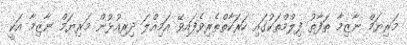
މަރިޔަމް ނާޒިމާ ތަފާތު ފިލްމްތަކުގައި ހަރަކާތްތެރިވެފައިވޭ އަމިއްލަ ދިރިއުޅުން މަރިޔަމް ނާޒިމާ އަކީ